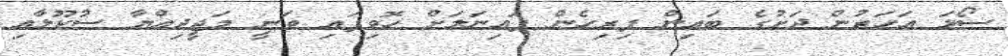
ސޯޅަ އަހަރުން ދަށުގެ ބައިން ފިރިހެން ފައިނަލަށް ހޮވިފައި ވަނީ މަޖީދިއްޔާ ސުކޫލާއި